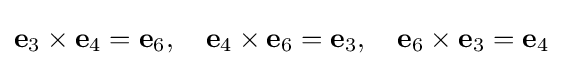
\mathbf {e} _{3}\times \mathbf {e} _{4}=\mathbf {e} _{6},\quad \mathbf {e} _{4}\times \mathbf {e} _{6}=\mathbf {e} _{3},\quad \mathbf {e} _{6}\times \mathbf {e} _{3}=\mathbf {e} _{4}